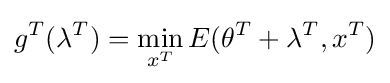
g^{T}(\lambda ^{T})=\min _{x^{T}}E(\theta ^{T}+\lambda ^{T},x^{T})